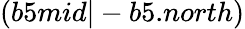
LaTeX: (b5mid|-b5.north)